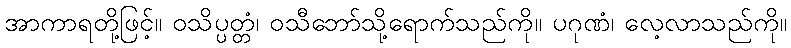
အာကာရတို့ဖြင့်။ ဝသိပ္ပတ္တံ၊ ဝသီဘော်သို့ရောက်သည်ကို။ ပဂုဏံ၊ လေ့လာသည်ကို။